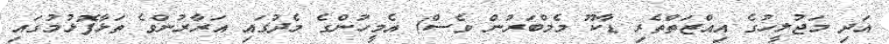
އަދި މަޖުލީހުގެ އިއްޒަތްތެރި ޑާކޫ މެމްބަރުން ވެސް) އެމީހުންގެ މެދުގައި އަރާރުންވެ ތަޅާފޮޅުމުގައި